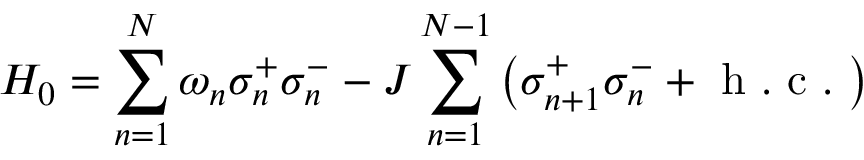
H _ { 0 } = \sum _ { n = 1 } ^ { N } \omega _ { n } \sigma _ { n } ^ { + } \sigma _ { n } ^ { - } - J \sum _ { n = 1 } ^ { N - 1 } \left( \sigma _ { n + 1 } ^ { + } \sigma _ { n } ^ { - } + \mathrm { ~ h ~ . ~ c ~ . ~ } \right)